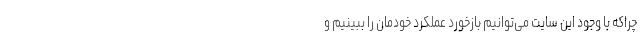
چراکه با وجود این سایت می‌توانیم بازخورد عملکرد خودمان را ببینیم و